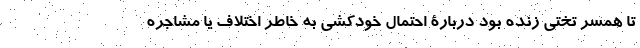
تا همسر تختی زنده بود دربارۀ احتمال خودکشی به خاطر اختلاف یا مشاجره